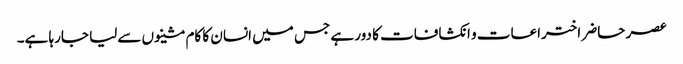
عصر حاضر اختراعات و انکشافات کا دور ہے جس میں انسان کا کام مشینوں سےلیا جارہا ہے۔